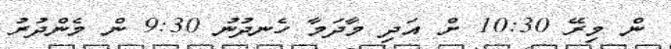
ން މިރޭ 10:30 ށް އަދި މާދަމާ ހެނދުނު 9:30 ން މެންދުރު